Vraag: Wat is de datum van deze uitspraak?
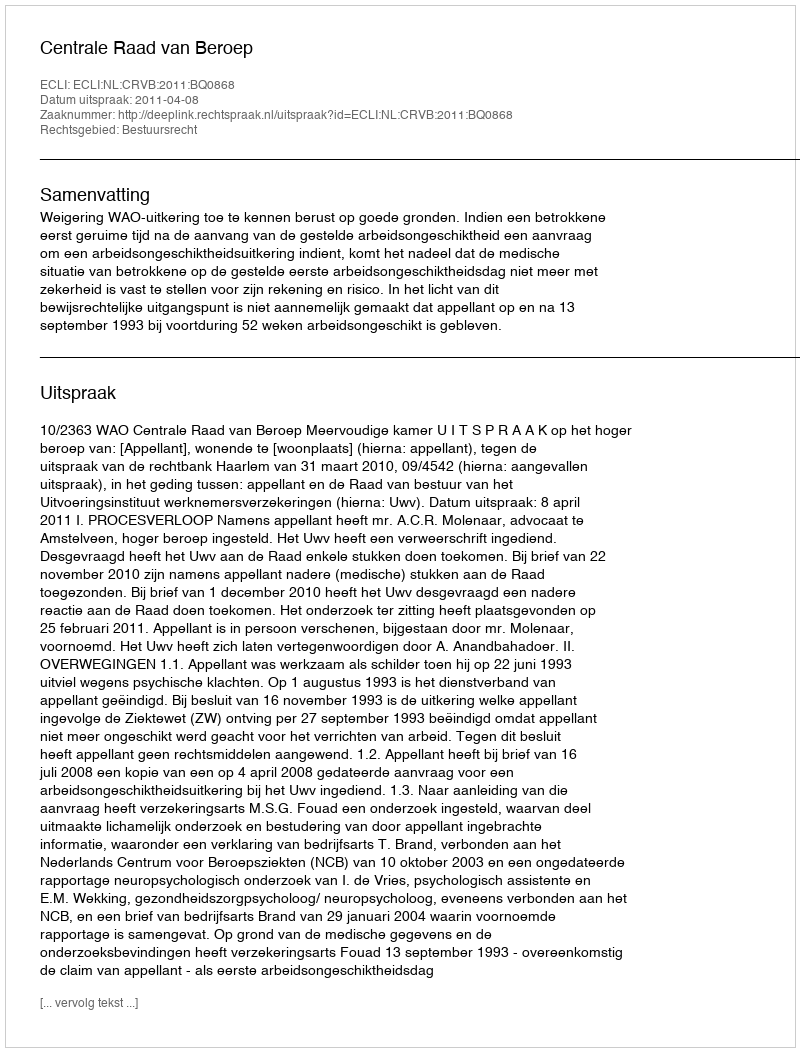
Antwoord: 2011-04-08